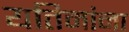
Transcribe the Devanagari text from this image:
यतिमांना